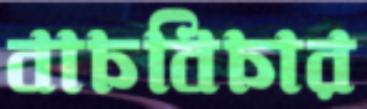
বাচবিচার